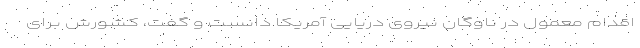
اقدام معمول در ناوگان نیروی دریایی آمریکا دانست و گفت، کشورش برای